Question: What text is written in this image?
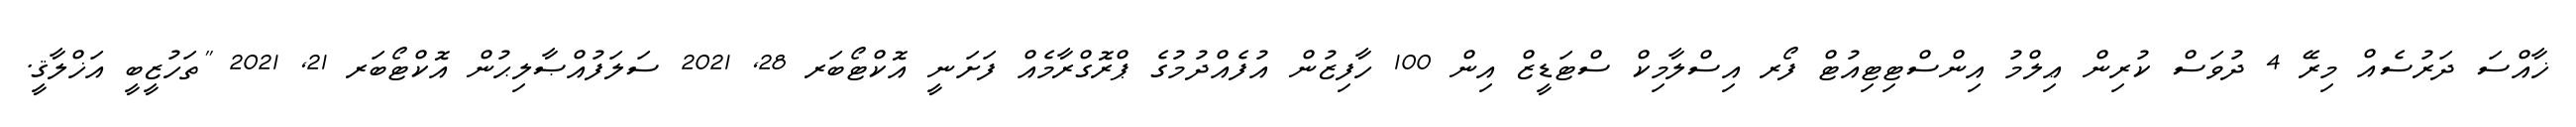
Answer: ޚާއްސަ ދަރުސެއް މިރޭ 4 ދުވަސް ކުރިން ޢިލްމު އިންސްޓިޓިއުޓް ފޯރ އިސްލާމިކް ސްޓަޑީޒް އިން 100 ހާފިޒުން އުފެއްދުމުގެ ޕްރޮގްރާމެއް ފަށަނީ އޮކްޓޯބަރ 28, 2021 ސަލަފުއްޞާލިޙުން އޮކްޓޯބަރ 21, 2021 "ތަހުޒީބީ އަޚްލާޤީ.